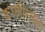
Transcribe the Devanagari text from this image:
कालीमाता